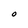
Character: O